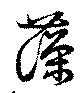
藻